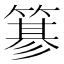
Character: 𥲲